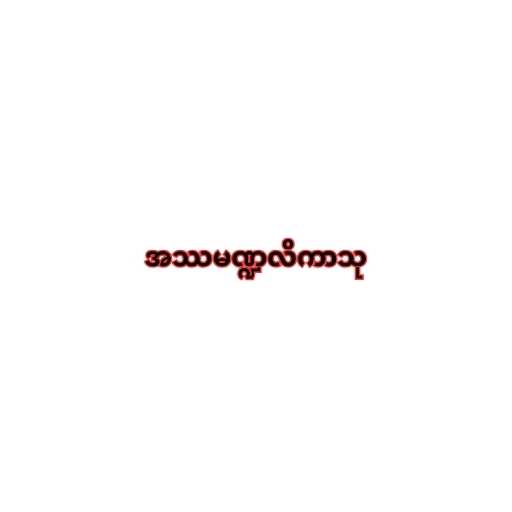
အဿမဏ္ဍလိကာသု